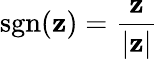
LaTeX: \operatorname{sgn}(\mathbf{z})={\frac{{\mathbf{z}}}{{|\mathbf{z}|}}}